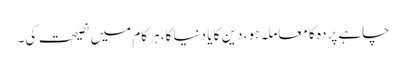
چاہے پردہ کا معاملہ ہو، دین کا یا دنیا کا، ہر کام میں نصیحت کی۔